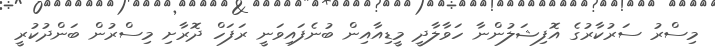
މިސްރު ސަރުކާރުގެ އޮފިޝަލުންނާ ހަވާލާދީ މީޑިއާއިން ބުނެފައިވަނީ ރަފަހް ދޮރާށި މިސްރުން ބަންދުކުރީ